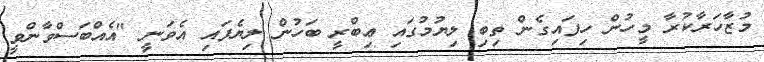
މުޒާހަރާކުރާ މީހުން ހިފައިގެން ތިބި ލިޔުމުގައި ޢިބްރީ ބަހުން ލިޔެފައި އެވަނީ "އެއްބަސްވާންވީ